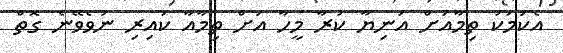
އެކަމަކު ތިމާއަށް އަނިޔާ ކުރާ މީހާ އަށް ތިމާއާ ކައިރި ނުވެވޭނެ ގޮތް